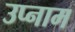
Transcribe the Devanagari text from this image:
उप्नाम